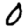
Digit: 0